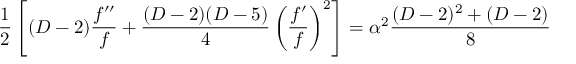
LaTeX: \frac { 1 } { 2 } \left[ ( D - 2 ) \frac { f ^ { \prime \prime } } { f } + \frac { ( D - 2 ) ( D - 5 ) } { 4 } \left( \frac { f ^ { \prime } } { f } \right) ^ { 2 } \right] = \alpha ^ { 2 } \frac { ( D - 2 ) ^ { 2 } + ( D - 2 ) } { 8 }